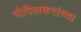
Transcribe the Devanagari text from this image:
गोविलकरांच्या